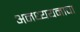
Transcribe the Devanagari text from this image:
अनध्ययनाचा